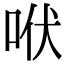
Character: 𰇛